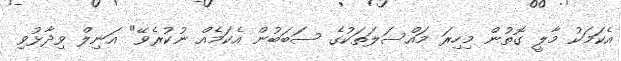
އެކަމަކު މާލީ ގޮތުން މިހިރަ މައްސަލަތަކުގެ ސަބަބުން އެކަމެއް ނުކުރެވޭ" އަނިލް ވިދާޅުވި